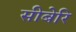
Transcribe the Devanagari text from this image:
सीबेरि